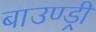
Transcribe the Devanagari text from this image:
बाउण्ड्री